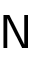
\mathsf { N }